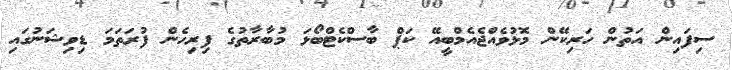
ސިފައިން އަތުން ހަރިކޭން މޮޅުވެއްޖެއެމްބީއޭ ކަޕް ބާސްކެޓްބޯޅަ މުބާރާތުގެ ފިރިހެން ފުރަތަމަ ޑިވިޝަނުގައި